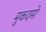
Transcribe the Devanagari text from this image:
मुकदमो